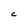
Character: C